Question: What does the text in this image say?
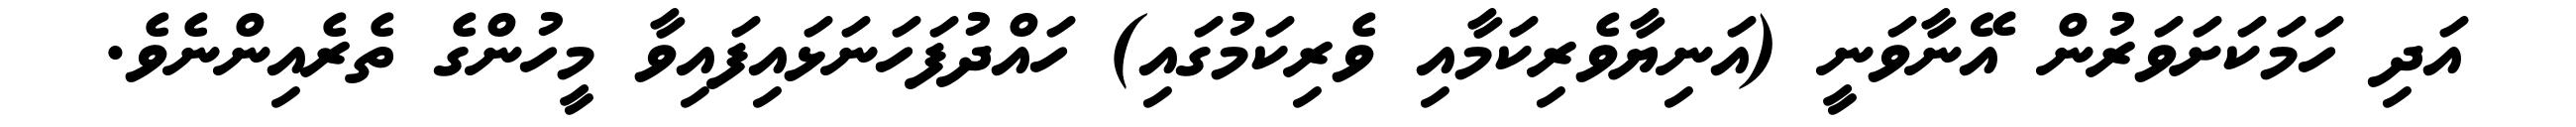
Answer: އަދި ހަމަކަށަވަރުން އޭނާވަނީ (އަނިޔާވެރިކަމާއި ވެރިކަމުގައި) ހައްދުފަހަނަޅައިފައިވާ މީހުންގެ ތެރެއިންނެވެ.